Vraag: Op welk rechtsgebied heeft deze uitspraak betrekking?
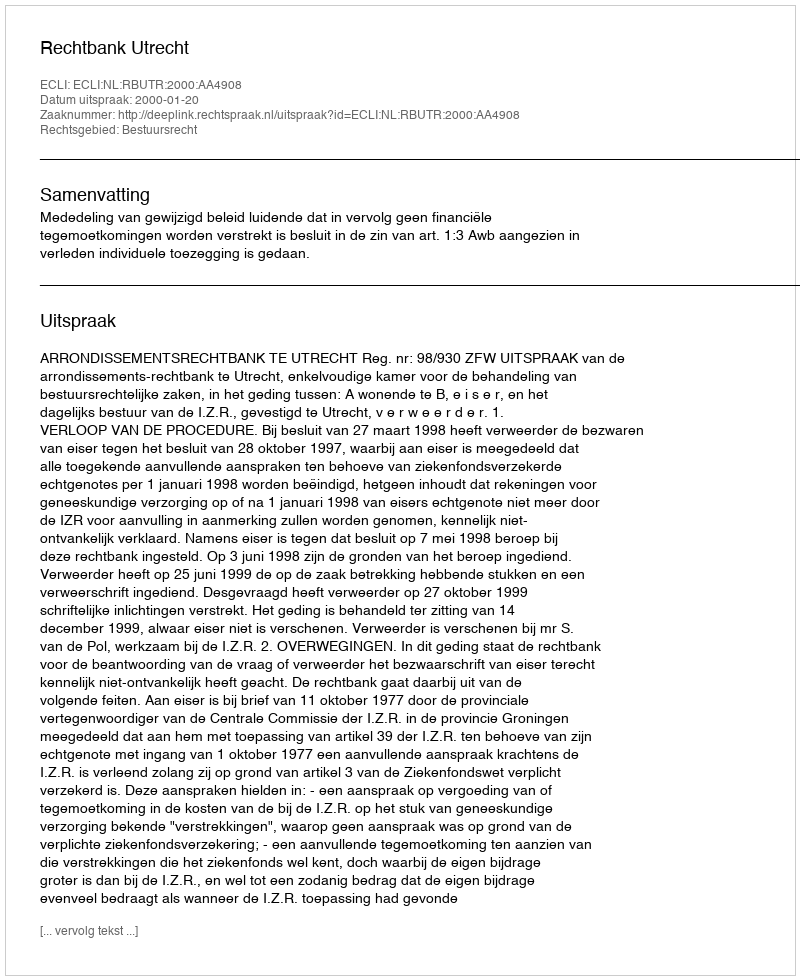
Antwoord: Bestuursrecht